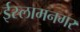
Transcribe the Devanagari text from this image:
ईस्लामनगर